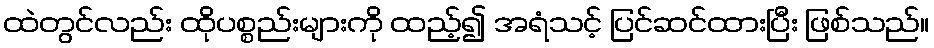
ထဲတွင်လည်း ထိုပစ္စည်းများကို ထည့်၍ အရံသင့် ပြင်ဆင်ထားပြီး ဖြစ်သည်။